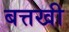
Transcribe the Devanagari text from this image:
बत्तखी